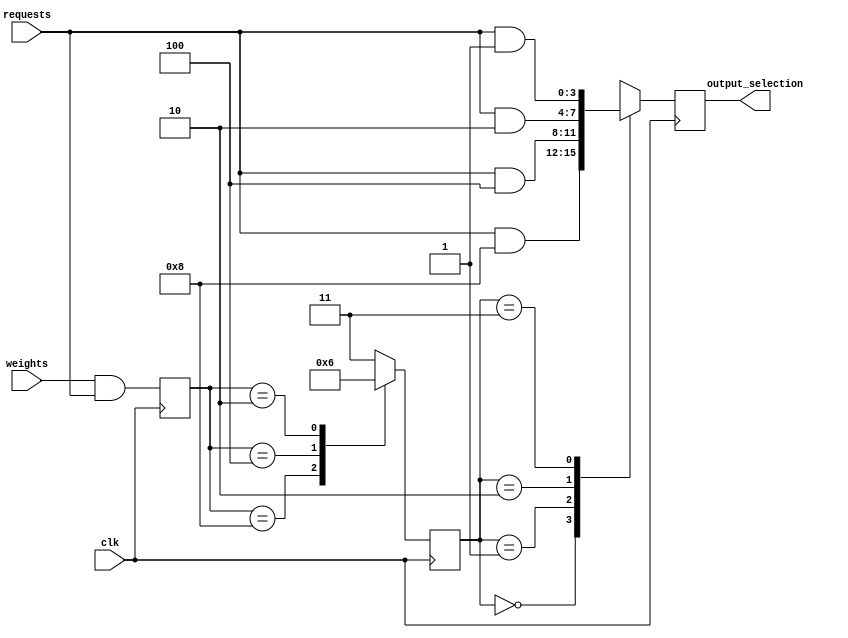
module weighted_arbiter (
    input [3:0] weights,
    input [3:0] requests,
    input clk,
    output reg [3:0] output_selection
);

reg [3:0] weighted_sum;
reg [1:0] priority_selection;

always @(posedge clk) begin
    weighted_sum <= weights & requests;
    
    case(weighted_sum)
        4'b1000: priority_selection <= 2'b00; // Highest priority
        4'b0100: priority_selection <= 2'b01;
        4'b0010: priority_selection <= 2'b10;
        4'b0001: priority_selection <= 2'b11; // Lowest priority
        default: priority_selection <= 2'b11; // Default to lowest priority
    endcase
    
    case(priority_selection)
        2'b00: output_selection <= requests & 4'b1000;
        2'b01: output_selection <= requests & 4'b0100;
        2'b10: output_selection <= requests & 4'b0010;
        2'b11: output_selection <= requests & 4'b0001;
    endcase
end

endmodule